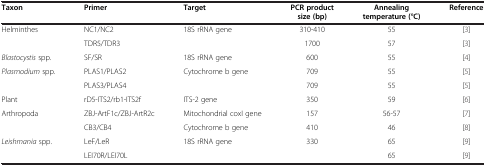
<table><thead><tr><td><b>Taxon</b></td><td><b>Primer</b></td><td><b>Target</b></td><td><b>PCR product size (bp)</b></td><td><b>Annealing temperature (°C)</b></td><td><b>Reference</b></td></tr></thead><tbody><tr><td>Helminthes</td><td>NC1/NC2</td><td>18S rRNA gene</td><td>310-410</td><td>55</td><td>[3]</td></tr><tr><td> </td><td>TDR5/TDR3</td><td> </td><td>1700</td><td>57</td><td>[3]</td></tr><tr><td><i>Blastocystis</i> spp.</td><td>SF/SR</td><td>18S rRNA gene</td><td>600</td><td>55</td><td>[4]</td></tr><tr><td><i>Plasmodium</i> spp.</td><td>PLAS1/PLAS2</td><td>Cytochrome b gene</td><td>709</td><td>55</td><td>[5]</td></tr><tr><td> </td><td>PLAS3/PLAS4</td><td> </td><td>709</td><td>55</td><td>[5]</td></tr><tr><td>Plant</td><td>rD5-ITS2/rb1-ITS2f</td><td>ITS-2 gene</td><td>350</td><td>59</td><td>[6]</td></tr><tr><td>Arthropoda</td><td>ZBJ-ArtF1c/ZBJ-ArtR2c</td><td>Mitochondrial coxI gene</td><td>157</td><td>56-57</td><td>[7]</td></tr><tr><td> </td><td>CB3/CB4</td><td>Cytochrome b gene</td><td>410</td><td>46</td><td>[8]</td></tr><tr><td><i>Leishmania</i> spp.</td><td>LeF/LeR</td><td>18S rRNA gene</td><td>330</td><td>65</td><td>[9]</td></tr><tr><td> </td><td>LEI70R/LEI70L</td><td> </td><td> </td><td>65</td><td>[9]</td></tr></tbody></table>